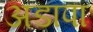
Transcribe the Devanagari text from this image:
अडापा